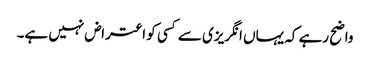
واضح رہے کہ یہاں انگریزی سے کسی کو اعتراض نہیں ہے۔